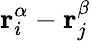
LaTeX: \mathbf{r}_{i}^{\alpha}-\mathbf{r}_{j}^{\beta}